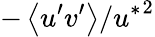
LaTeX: -\left\langle u^{\prime}v^{\prime}\right\rangle/{u^{*}}^{2}